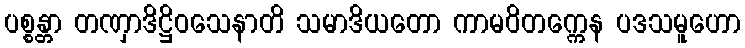
ပစ္စန္တာ တဏှာဒိဋ္ဌိဝသေနာတိ သမာဒိယတော ကာမဝိတက္ကေန ပဒသမူဟော